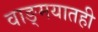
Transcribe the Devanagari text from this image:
वाङ्‌मयातही